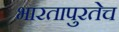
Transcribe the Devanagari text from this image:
भारतापुरतेच